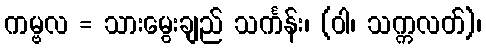
ကမ္ဗလ = သားမွေးချည် သင်္ကန်း၊ (ဝါ၊ သက္ကလတ်)၊